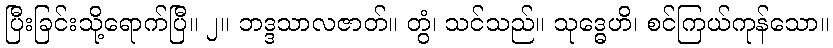
ပြီးခြင်းသို့ရောက်ပြီ။ ၂။ ဘဒ္ဒသာလဇာတ်။ တွံ၊ သင်သည်။ သုဒ္ဓေဟိ၊ စင်ကြယ်ကုန်သော။